Black-water fever - Number 35
Disease focus: Fever
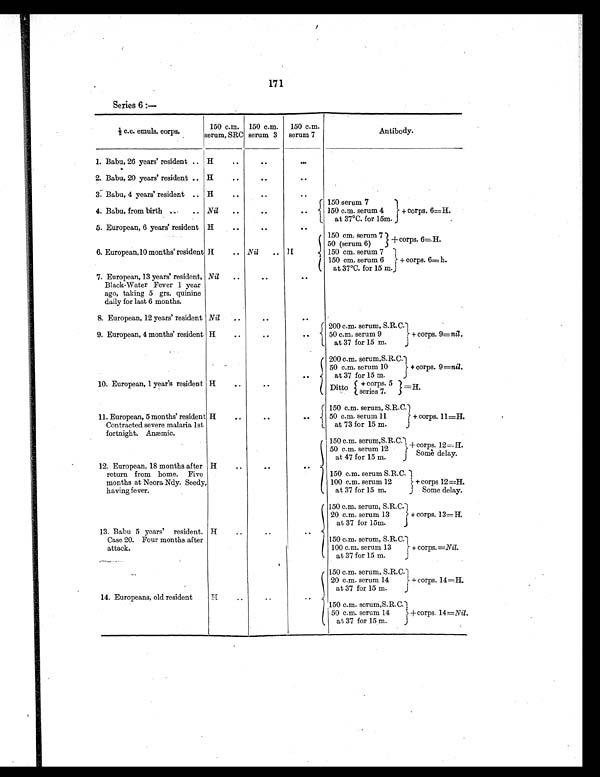
171
Series 6 :—
½ c . c . e m u l s . c o r p s .
150 c.m.
serum, SRC
150 c.m.
serum 3
150 c.m.
serum 7
Antibody.
1. Babu, 26 years' resident .. H
..
..
. . .
2. Babu, 20 years' resident .. H
..
..
. .
3. Babu, 4 years' resident .. H
. .
. .
..
4. Babu, from birth .. .. Nil ..
..
. . 150 serum 7
+ corps. 6=H.
150 c.m. serum 4
at 37°C. for 15m.
5. European, 6 years' resident H
..
..
. .
6. European,10 months' resident H
.. Nil .. H
150 cm. serum 7 +corps. 6=H.
50 (serum 6)
150 cm. serum 7 + corps. 6= h.
150 cm. serum 6
at 37°C. for 15 m.
7. European, 13 years' resident,
Black-Water Fever 1 year
ago, taking 5 grs. quinine
daily for last 6 months.
Nil ..
. .
. .
8. European, 12 years' resident Nil ..
. .
. .
9. European, 4 months' resident H
. .
..
. . 200 c.m. serum, S.R.C. + corps. 9= nil.
50 c.m. serum 9
at 37 for 15 m.
10. European, 1 year's resident H
. .
. .
. . 200 c.m. serum, S.R.C. + corps. 9=nil.
50 c.m. serum 10
at 37 for 15 m.
Ditto + corps. 5
series 7.
=H.
11. European, 5 months' resident
Contracted severe malaria 1st
fortnight. Anæmic.
H
. .
..
. .
150 c.m. serum, S.R.C. + corps. 11=H
50 c.m. serum 11
at 73 for 15 m.
12. European, 18 months after
return from home. Five
months at Neora Ndy. Seedy,
having fever.
H
. .
. .
..
150 c.m. serum, S.R.C. + corps. 12=H.
Some delay.
50 c.m. serum 12
at 47 for 15 m.
150 c.m. serum S.R.C. + corps 12=H.
Some delay.
100 c.m. serum 12
at 37 for 15 m.
13. Babu 5 years' resident.
Case 20. Four months after
attack.
H
. .
. .
. .
150 c.m. serum, S.R.C. + corps. 13=H.
20 c.m. serum 13
at 37 for 15m.
150 c.m. serum, S.R.C. + corps. =Nil.
100 c.m. serum 13
at 37 for 15 m.
14. Europeans, old resident
H
. .
. .
. .
150 c.m. serum, S.R.C. + corps. 14=H.
20 c.m. serum 14
at 37 for 15 m.
150 c.m. serum, S.R.C. +corps. 14 =Nil.
50 c.m. serum 14
at 37 for 15 m.